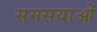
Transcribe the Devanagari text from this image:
समसयाओं